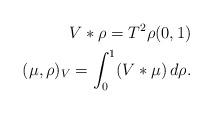
LaTeX: \begin{align*} V * \rho = T^2 \rho (0,1) \\ (\mu, \rho)_V = \int_0^1 (V * \mu) \, d\rho.\end{align*}